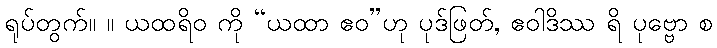
ရုပ်တွက်။ ။ ယထရိဝ ကို “ယထာ ဧဝ”ဟု ပုဒ်ဖြတ်, ဧဝါဒိဿ ရိ ပုဗ္ဗော စ